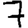
Digit: 7